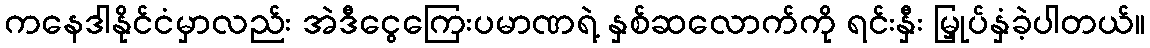
ကနေဒါနိုင်ငံမှာလည်း အဲဒီငွေကြေးပမာဏရဲ့ နှစ်ဆလောက်ကို ရင်းနှီး မြှုပ်နှံခဲ့ပါတယ်။